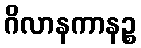
ဂိလာနကာနဉ္စ